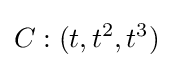
C:(t,t^{2},t^{3})